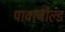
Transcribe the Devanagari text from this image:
पावरबौल्ड